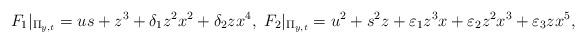
LaTeX: \begin{align*}F_1|_{\Pi_{y,t}} = u s + z^3 + \delta_1 z^2 x^2 + \delta_2 z x^4, \ F_2|_{\Pi_{y,t}} = u^2 + s^2 z + \varepsilon_1 z^3 x + \varepsilon_2 z^2 x^3 + \varepsilon_3 z x^5,\end{align*}